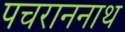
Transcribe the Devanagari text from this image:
पचराननाथ